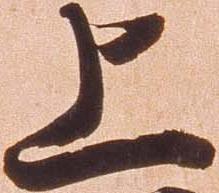
上